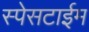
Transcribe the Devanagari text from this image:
स्पेसटाईम